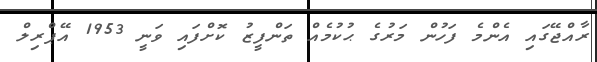
ރާއްޖޭގައި އެންމެ ފަހުން މަރުގެ ޙުކުމެއް ތަންފީޒު ކޮށްފައި ވަނީ 1953 އޭޕްރިލް